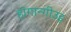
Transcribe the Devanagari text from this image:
हांगान्गीउइ